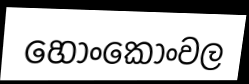
හොංකොංවල